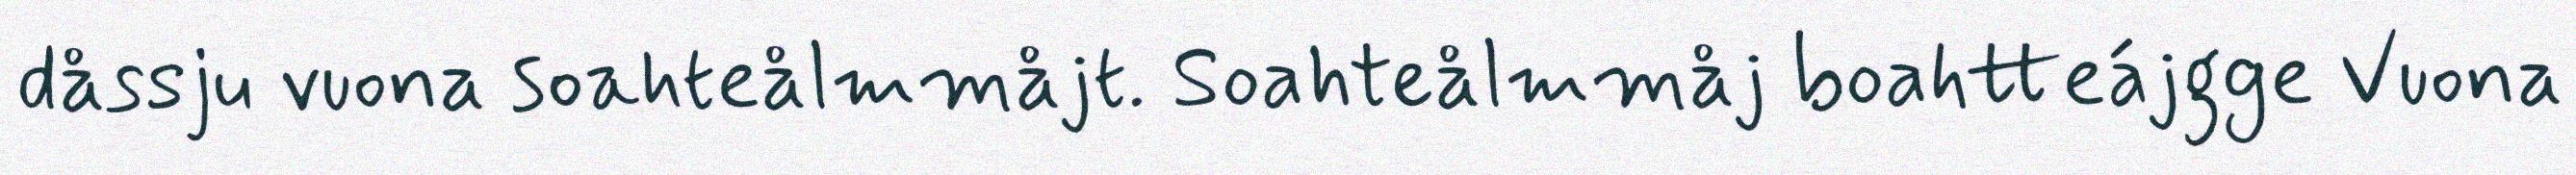
dåssju vuona soahteålmmåjt. Soahteålmmåj boahtteájgge Vuona